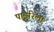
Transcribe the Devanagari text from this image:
पाइरिला